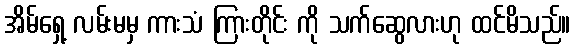
အိမ်ရှေ့ လမ်းမမှ ကားသံ ကြားတိုင်း ကို သက်ဆွေလားဟု ထင်မိသည်။